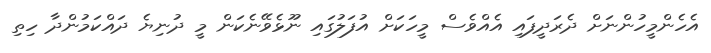
އެހެންމީހުންނަށް ދެރަދީފައި އެއްވެސް މީހަކަށް އުފަލުގައި ނޫޅެވޭނެކަން މީ ދުނިޔެ ދައްކަމުންދާ ހިތި